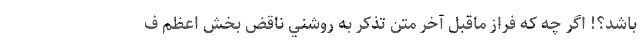
باشد؟! اگر چه كه فراز ماقبل آخر متن تذكر به روشني ناقض بخش اعظم ف